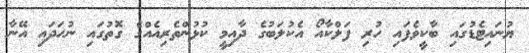
ޔުނައިޓެޑުގައި ބާކީވެފައި ހުރި ފަލްކާއޯ އެކުލަބުގެ ދާއިމީ ކުޅުންތެރިއެއްގެ ގޮތުގައި ނުހަދައި އޭނާ